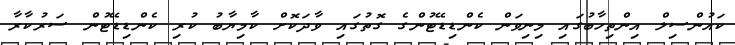
ކައުންސިލް އިންތިހާބުގައި މިނިވަން ކެންޑިޑޭޓުންގެ ގޮތުގައި ވާދަކޮށް ކާމިޔާބު ކުރި ކެންޑިޑޭޓުން ސަރުކާރާ